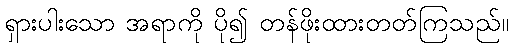
ရှားပါးသော အရာကို ပို၍ တန်ဖိုးထားတတ်ကြသည်။